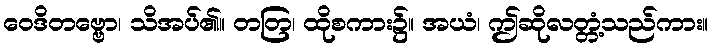
ဝေဒိတဗ္ဗော၊ သိအပ်၏။ တတြ၊ ထိုစကား၌။ အယံ၊ ဤဆိုလတ္တံ့သည်ကား။